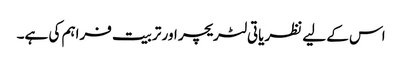
اس کے لیے نظریاتی لٹریچر اور تربیت فراہم کی ہے۔